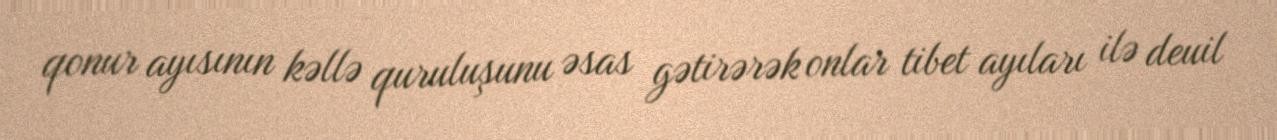
qonur ayısının kəllə quruluşunu əsas gətirərək onlar tibet ayıları ilə deuil